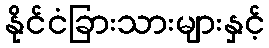
နိုင်ငံခြားသားများနှင့်